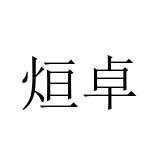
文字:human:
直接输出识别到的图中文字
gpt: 烜卓